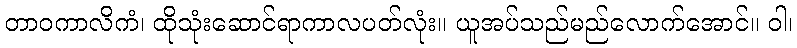
တာဝကာလိကံ၊ ထိုသုံးဆောင်ရာကာလပတ်လုံး။ ယူအပ်သည်မည်လောက်အောင်။ ဝါ၊